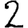
Digit: 2